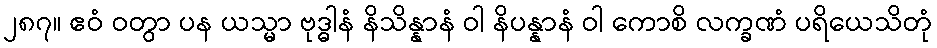
၂၈၇။ ဧဝံ ဝတွာ ပန ယသ္မာ ဗုဒ္ဓါနံ နိသိန္နာနံ ဝါ နိပန္နာနံ ဝါ ကောစိ လက္ခဏံ ပရိယေသိတုံ